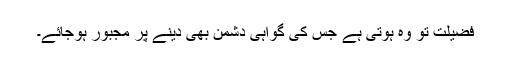
فضیلت تو وہ ہوتی ہے جس کی گواہی دشمن بھی دینے پر مجبور ہوجائے۔